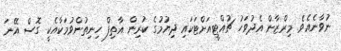
ނުވާނެއެވެ. މިރްޒާން އެދުވަހު ޗުއްޓީއަށްޓަކައި ދިޔުމުގެ ކުރިން އާތިފް ހިނިތުންވުމަކާއެކީ ގޮސް އޭނަ